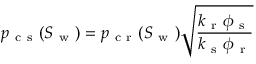
p _ { \mathrm { ~ c ~ s ~ } } ( S _ { \mathrm { ~ w ~ } } ) = p _ { \mathrm { ~ c ~ r ~ } } ( S _ { \mathrm { ~ w ~ } } ) \sqrt { \frac { k _ { \mathrm { ~ r ~ } } \phi _ { \mathrm { ~ s ~ } } } { k _ { \mathrm { ~ s ~ } } \phi _ { \mathrm { ~ r ~ } } } }